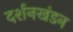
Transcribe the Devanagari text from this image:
दर्शनखंडन